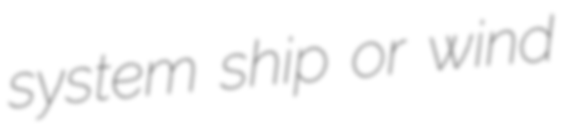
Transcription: system ship or wind